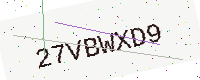
Text: 27VBWXD9